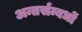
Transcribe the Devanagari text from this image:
अन्तर्सम्बधों